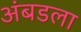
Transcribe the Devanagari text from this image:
अंबडला